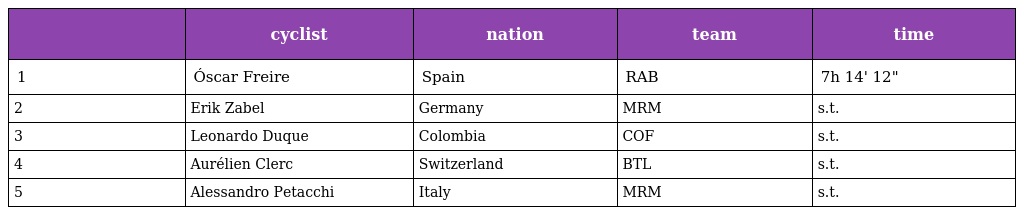
|  | cyclist | nation | team | time |
 | --- | --- | --- | --- | --- |
 | 1 | Óscar Freire | Spain | RAB | 7h 14' 12" |
 | 2 | Erik Zabel | Germany | MRM | s.t. |
 | 3 | Leonardo Duque | Colombia | COF | s.t. |
 | 4 | Aurélien Clerc | Switzerland | BTL | s.t. |
 | 5 | Alessandro Petacchi | Italy | MRM | s.t. |